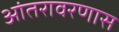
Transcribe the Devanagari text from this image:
आंतरावरणास